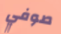
صوفي